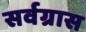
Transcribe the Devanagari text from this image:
सर्वग्रास